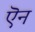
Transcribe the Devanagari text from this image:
ऎन